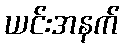
ယင်းအနက်